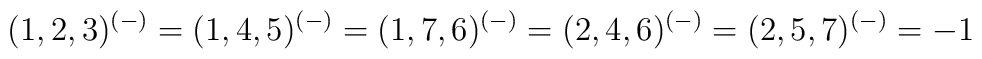
(1,2,3)^{(-)}=(1,4,5)^{(-)}=(1,7,6)^{(-)}=(2,4,6)^{(-)}=(2,5,7)^{(-)}=-1